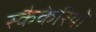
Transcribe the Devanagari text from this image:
स्कैकेरियो